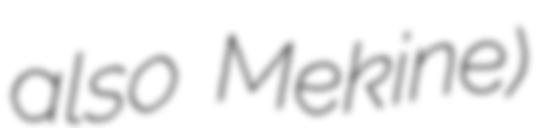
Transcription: also Mekine)